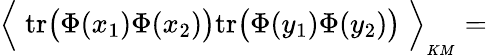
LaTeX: \Big\langle\; \mathrm{tr}\big(\Phi(x_{1})\Phi(x_{2})\big)\mathrm{tr}\big(\Phi(y_{1})\Phi(y_{2})\big)\; \Big\rangle_{\mathrm{}_{KM}}=